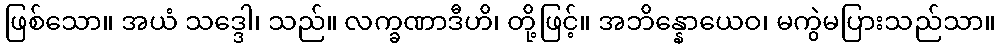
ဖြစ်သော။ အယံ သဒ္ဒေါ၊ သည်။ လက္ခဏာဒီဟိ၊ တို့ဖြင့်။ အဘိန္နောယေဝ၊ မကွဲမပြားသည်သာ။